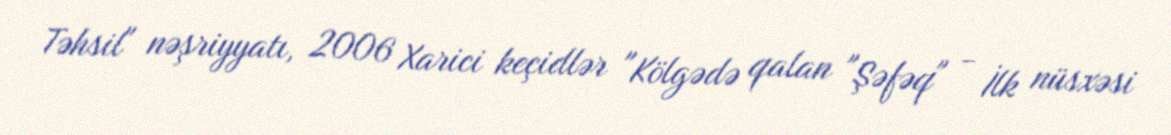
Təhsil" nəşriyyatı, 2006 Xarici keçidlər "Kölgədə qalan "Şəfəq" - İlk nüsxəsi